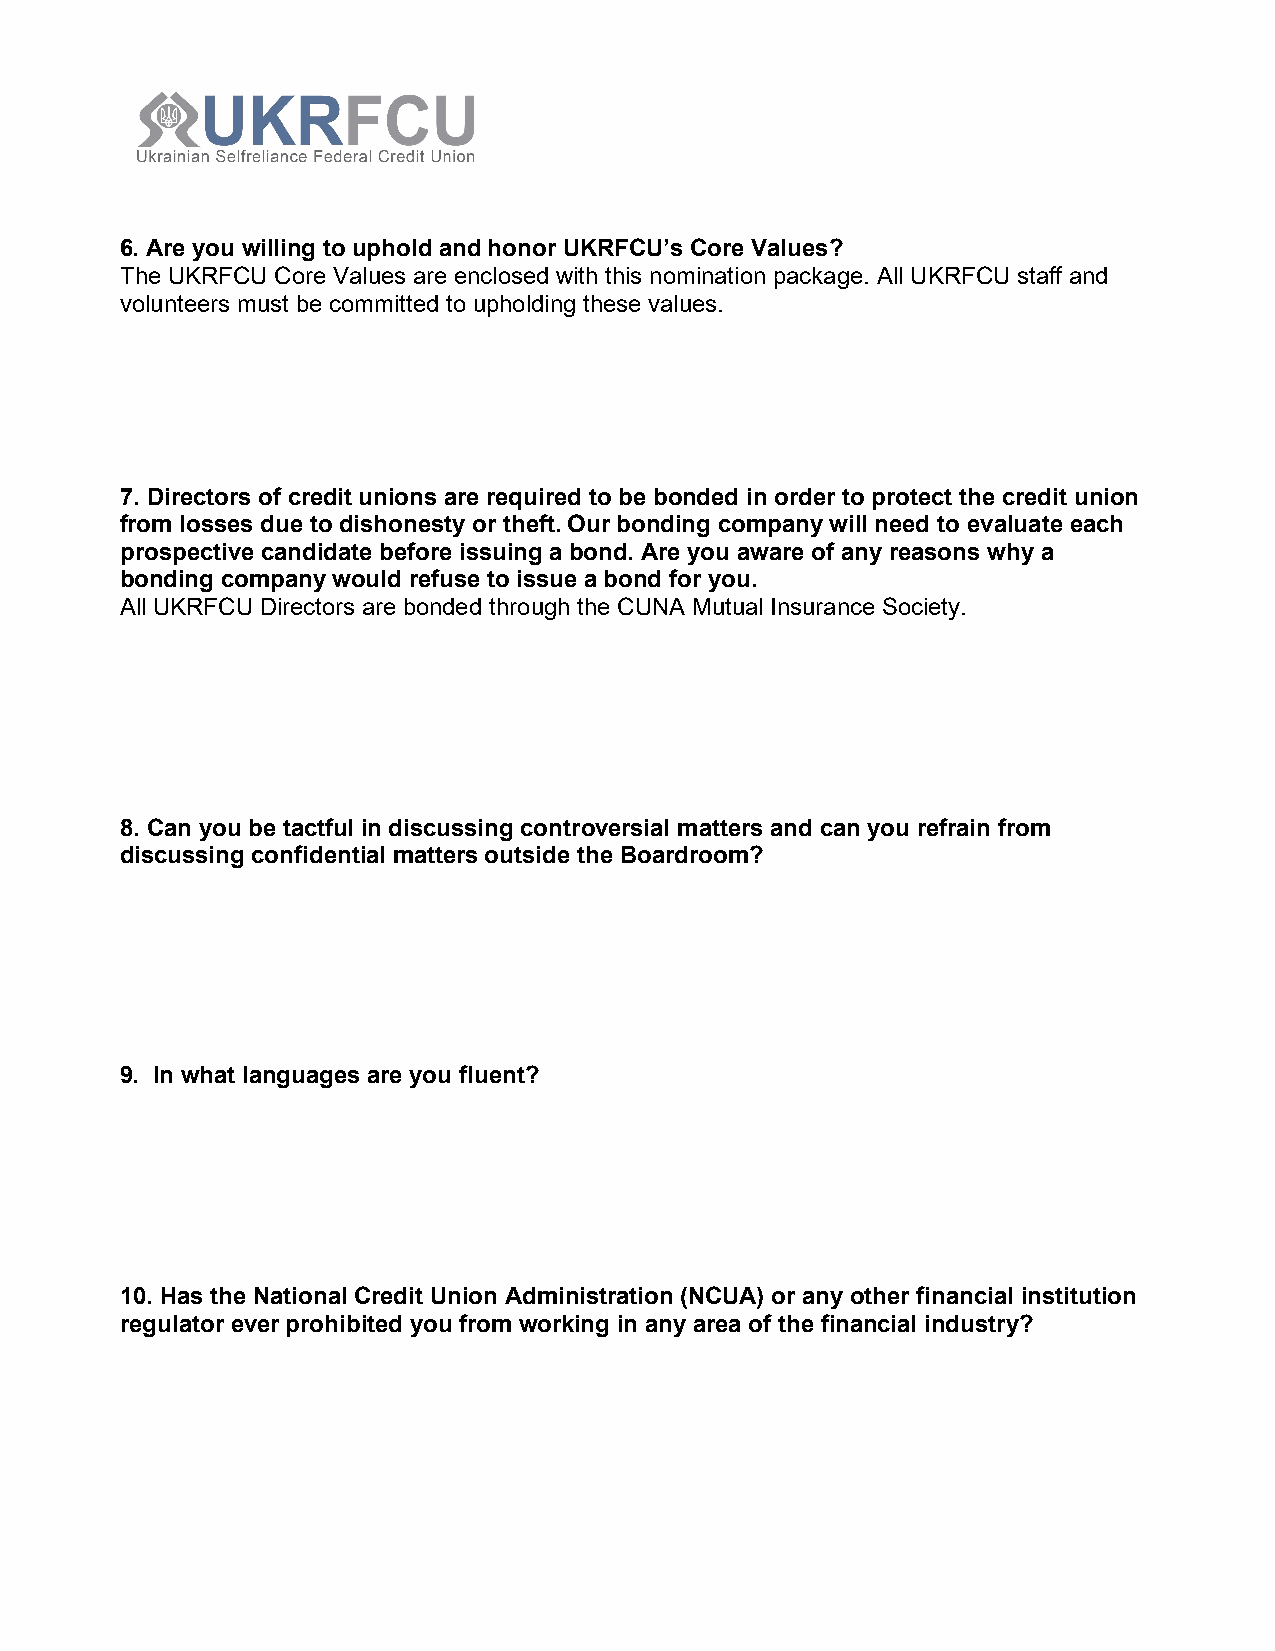
6. Are you willing to uphold and honor UKRFCU’s Core Values?
 The UKRFCU Core Values are enclosed with this nomination package. All UKRFCU staff and
 volunteers must be committed to upholding these values.
 7. Directors of credit unions are required to be bonded in order to protect the credit union
 from losses due to dishonesty or theft. Our bonding company will need to evaluate each
 prospective candidate before issuing a bond. Are you aware of any reasons why a
 bonding company would refuse to issue a bond for you.
 All UKRFCU Directors are bonded through the CUNA Mutual Insurance Society.
 8. Can you be tactful in discussing controversial matters and can you refrain from
 discussing confidential matters outside the Boardroom?
 9. In what languages are you fluent?
 10. Has the National Credit Union Administration (NCUA) or any other financial institution
 regulator ever prohibited you from working in any area of the financial industry?